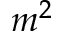
m ^ { 2 }